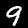
Digit: 9